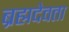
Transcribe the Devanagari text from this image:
ब्रह्मदेवता